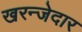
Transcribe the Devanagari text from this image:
खरन्जेदार